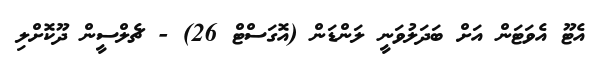
އެޓޫ އެވަޓަން އަށް ބަދަލުވަނީ ލަންޑަން (އޮގަސްޓް 26) - ޗެލްސީން ދޫކޮށްލި